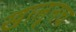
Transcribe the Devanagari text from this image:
खालूनच